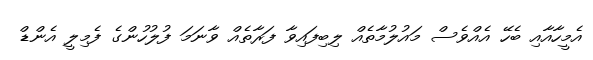
އެމީހާއާއި ބެހޭ އެއްވެސް މައުލުމާތެއް ލިބިފައިވާ ފަރާތެއް ވާނަމަ ފުލުހުންގެ ފެމިލީ އެންޑް